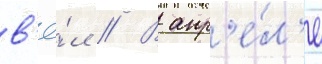
в'ё́л // В апр'е́л'е